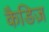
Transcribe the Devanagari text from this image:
कैडिज़